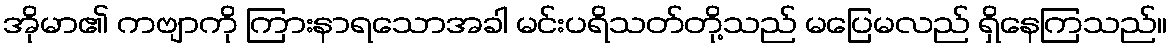
အိုမာ၏ ကဗျာကို ကြားနာရသောအခါ မင်းပရိသတ်တို့သည် မပြေမလည် ရှိနေကြသည်။